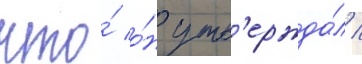
что́ о́н утв'ержда́л /